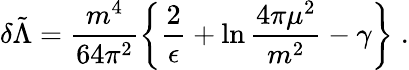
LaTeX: \delta\tilde{\Lambda}=\frac{m^{4}}{64\pi^{2}}\left\{ \frac{2}{\epsilon}+\ln{\frac{4\pi\mu^{2}}{m^{2}}}-\gamma\right\} \; .